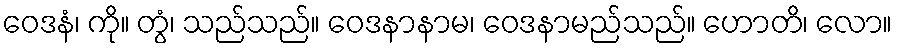
ဝေဒနံ၊ ကို။ တွံ၊ သည်သည်။ ဝေဒနာနာမ၊ ဝေဒနာမည်သည်။ ဟောတိ၊ လော။